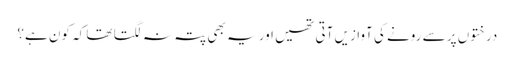
درختوں پر سے رونے کی آوازیں آتی تھیں اور یہ بھی پتہ نہ لگتا تھا کہ کون ہے؟